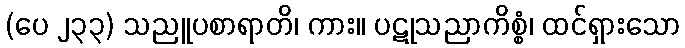
(ပေ ၂၃၃) သညူပစာရာတိ၊ ကား။ ပဋုသညာကိစ္စံ၊ ထင်ရှားသော